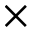
\times